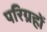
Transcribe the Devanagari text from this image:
परिग्रहों